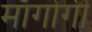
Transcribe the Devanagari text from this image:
माँगोगी